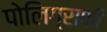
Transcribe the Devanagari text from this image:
पोलिग्राफी